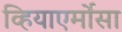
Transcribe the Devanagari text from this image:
व्हियाएर्मोसा